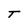
Character: T